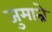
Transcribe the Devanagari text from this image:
जुमान्ने